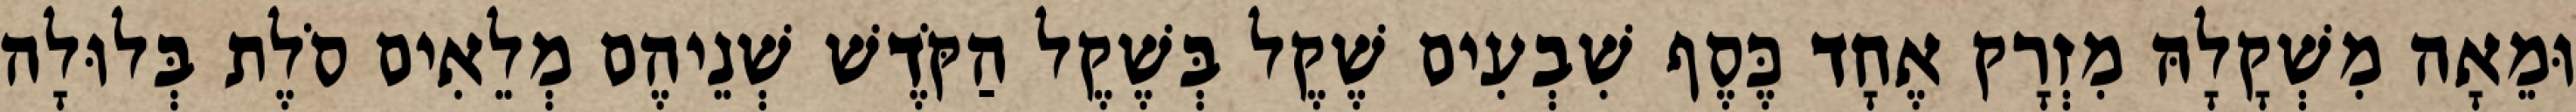
וּמֵאָה מִשְׁקָלָהּ מִזְרָק אֶחָד כֶּסֶף שִׁבְעִים שֶׁקֶל בְּשֶׁקֶל הַקֹּדֶשׁ שְׁנֵיהֶם מְלֵאִים סֹלֶת בְּלוּלָה